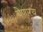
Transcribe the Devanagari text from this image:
येणार्‍य